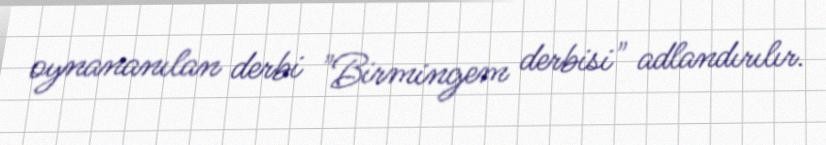
oynananılan derbi "Birmingem derbisi" adlandırılır.